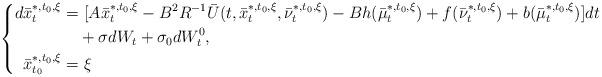
LaTeX: \begin{align*}\left\{\begin{aligned}d\bar x_t^{*,t_0,\xi}=&~[A\bar x_t^{*,t_0,\xi}-B^2R^{-1}\bar U(t,\bar x_t^{*,t_0,\xi},\bar \nu_t^{*,t_0,\xi})-Bh(\bar \mu_t^{*,t_0,\xi})+f(\bar\nu_t^{*,t_0,\xi})+b(\bar\mu_t^{*,t_0,\xi})]dt\\&+\sigma dW_t+\sigma_0dW^0_t,\\\bar x_{t_0}^{*,t_0,\xi}=&~\xi\end{aligned}\right.\end{align*}